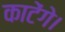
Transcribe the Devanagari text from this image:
काटेंगे।